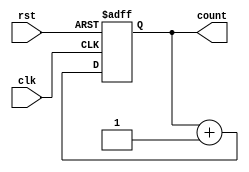
module reset_example (
    input wire clk,        // Clock input
    input wire rst,        // Active-high reset input
    output reg [7:0] count // Example output (8-bit counter)
);

// Asynchronous reset behavior
always @(posedge clk or posedge rst) begin
    if (rst) begin
        // Behavior on reset: Initialize count to zero
        count <= 8'b0; // Set count to 0 on reset
    end else begin
        // Normal operation: Increment count
        count <= count + 1;
    end
end

endmodule